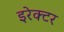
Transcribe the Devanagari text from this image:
इरेक्टर